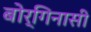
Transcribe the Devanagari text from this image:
बोर्गिनासी